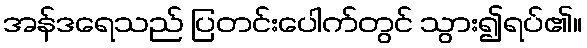
အန်ဒရေသည် ပြတင်းပေါက်တွင် သွား၍ရပ်၏။